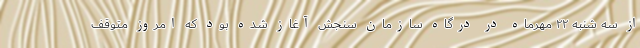
از سه شنبه ۲۲ مهرماه در درگاه سازمان سنجش آغاز شده بود که امروز متوقف